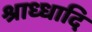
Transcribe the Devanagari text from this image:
श्राध्धादि